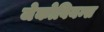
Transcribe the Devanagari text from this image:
जेकोबियन्स